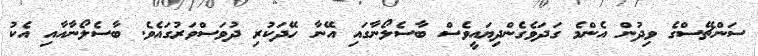
ސަންޗޭސްގެ ވިދުން އެންމެ ގަދަވެގެންދިޔައީވެސް ބާސެލޯނާގައި އޭނާ ހޭދަކުރި ދުވަސްވަރުގައެވެ. ބާސެލޯނާއާއި އެކު